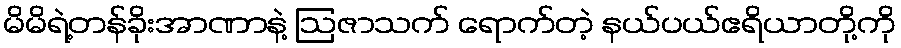
မိမိရဲ့တန်ခိုးအာဏာနဲ့ ဩဇာသက် ရောက်တဲ့ နယ်ပယ်ဧရိယာတို့ကို